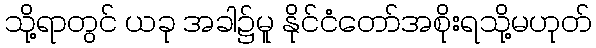
သို့ရာတွင် ယခု အခါ၌မူ နိုင်ငံတော်အစိုးရသို့မဟုတ်